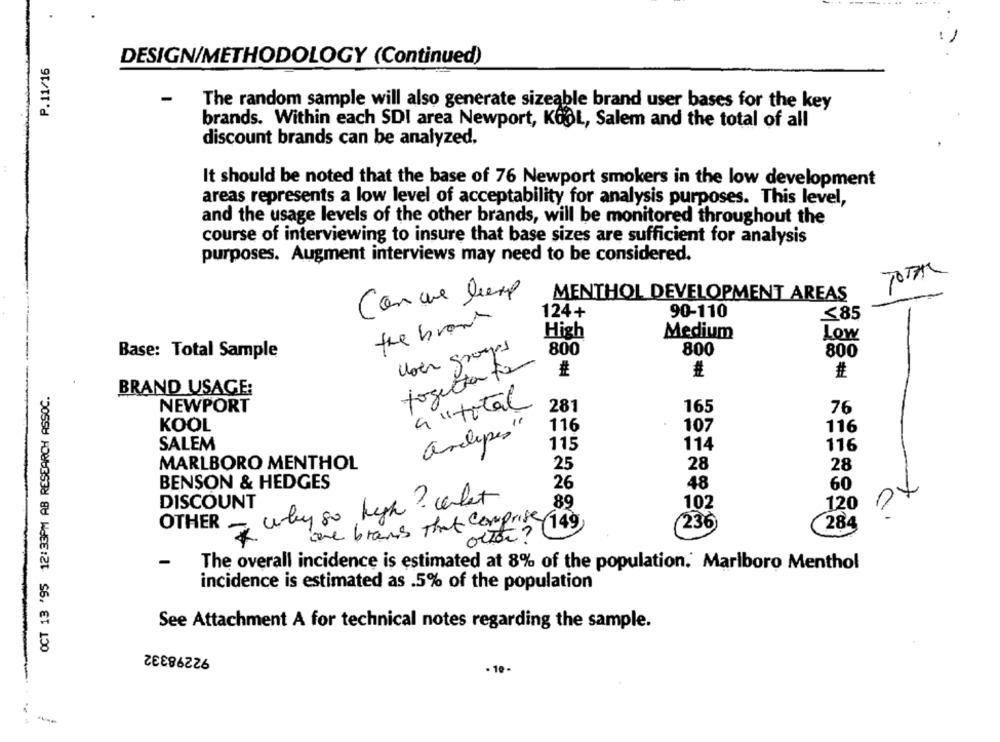
P.11/16
DESIGN/METHODOLOGY (Continued)
-
The random sample will also generate sizeable brand user bases for the key
brands. Within each SDI area Newport, KOOL, Salem and the total of all
discount brands can be analyzed.
It should be noted that the base of 76 Newport smokers in the low development
areas represents a low level of acceptability for analysis purposes. This level,
and the usage levels of the other brands, will be monitored throughout the
course of interviewing to insure that base sizes are sufficient for analysis
purposes. Augment interviews may need to be considered.
TOTAL
Con que lemp
MENTHOL DEVELOPMENT AREAS
124+
90-110
≤85
the brown
High
Medium
Low
User groups
Base: Total Sample
800
800
800
forgetta for
#
OCT 13 '95 12:33PM AB RESEARCH ASSOC.
BRAND USAGE:
NEWPORT
9 " total
281
165
76
KOOL
116
107
116
andipes
SALEM
114
116
115
MARLBORO MENTHOL
25
28
28
BENSON & HEDGES
26
48
60
DISCOUNT
why so high? what
89
102
120
OTHER
here brans That comprise 149
(236
(284
orten ?
-
The overall incidence is estimated at 8% of the population. Marlboro Menthol
incidence is estimated as .5% of the population
See Attachment A for technical notes regarding the sample.
92298332
- 10 -